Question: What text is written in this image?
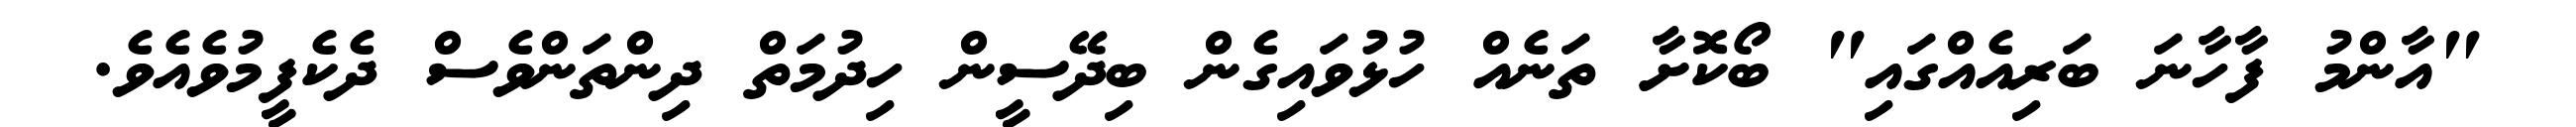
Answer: "އާންމު ފާހާނަ ބަރިއެއްގައި" ބޯކޮށާ ތަނެއް ހުޅުވައިގެން ބިދޭސީން ހިދުމަތް ދިންތަންވެސް ދެކެފީމުވެއެވެ.